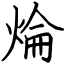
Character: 㷍